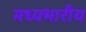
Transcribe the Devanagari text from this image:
मध्यभारीय